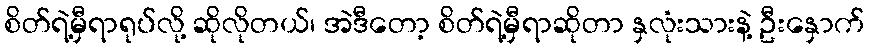
စိတ်ရဲ့မှီရာရုပ်လို့ ဆိုလိုတယ်၊ အဲဒီတော့ စိတ်ရဲ့မှီရာဆိုတာ နှလုံးသားနဲ့ ဦးနှောက်